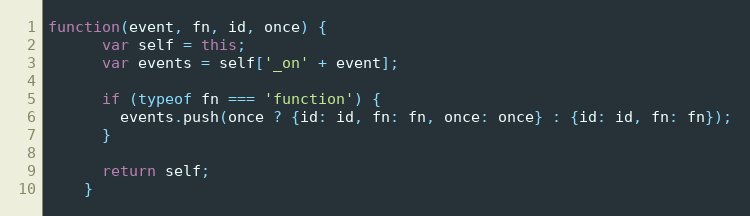
Language: JavaScript
function(event, fn, id, once) {
      var self = this;
      var events = self['_on' + event];

      if (typeof fn === 'function') {
        events.push(once ? {id: id, fn: fn, once: once} : {id: id, fn: fn});
      }

      return self;
    }